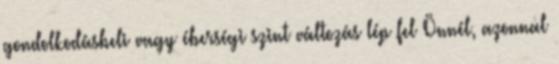
gondolkodásbeli vagy éberségi szint változás lép fel Önnél, azonnal